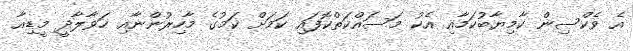
އެ ވެކްސިން ކާމިޔާބުކަމާއި އެކު މަސައްކަތްކޮފައި ކަމަށް ކަމުގެ މާހިރުންނާއި ހަވާލާދީ މީޑިއާ